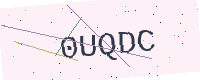
Text: 0UQDC